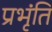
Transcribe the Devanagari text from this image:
प्रभृंति